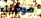
مومياء